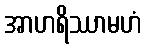
အာဟရိဿာမဟံ